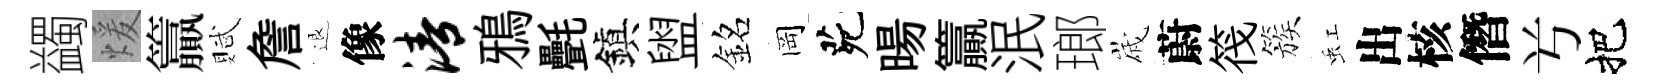
蠲煖籯賦詹退像清鴉㲲鎭盥銘岡茕暘籯泯瑯𡻕蔚筏簇虹出核僭𠔃把